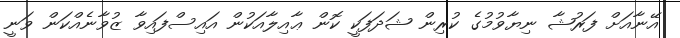
އޭނާއަށް ފަރުޝާ ނިޔާވުމުގެ ކުރިން ޝަދަފަކީ ކޮން ޢާއިލާއަކުން އައިސްފައިވާ ޒުވާނެއްކަން ވަނީ